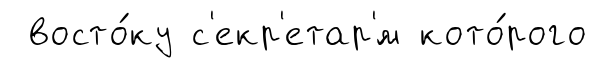
восто́ку с'екр'етар'́м кото́рого